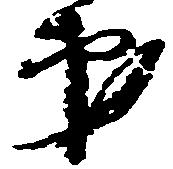
弟